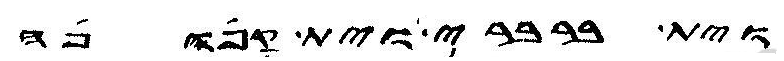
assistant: וית ברברי וית קפופה